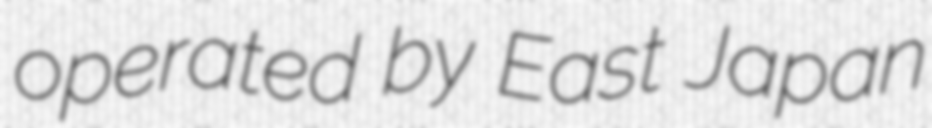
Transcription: operated by East Japan